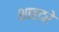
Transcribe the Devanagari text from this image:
शाहदरे